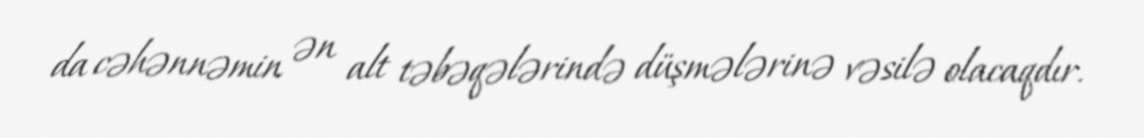
da cəhənnəmin ən alt təbəqələrində düşmələrinə vəsilə olacaqdır.